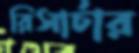
রিসার্চার